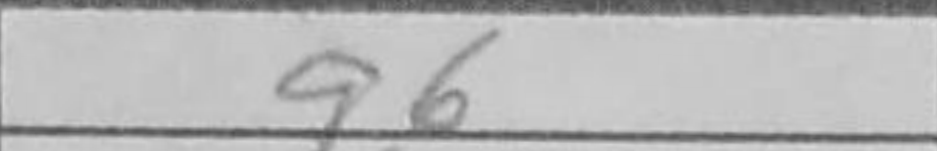
Transcription: g6